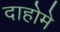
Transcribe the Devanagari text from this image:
दाहोमे